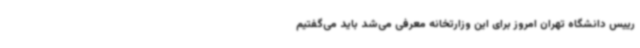
رییس دانشگاه تهران امروز برای این وزارتخانه معرفی می‌شد باید می‌گفتیم